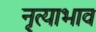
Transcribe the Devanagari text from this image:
नृत्याभाव